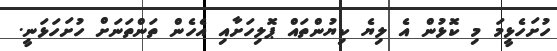
ހުށަހެޅީމަ މި ކޮޅުން އެ ލިޔެ ކިޔުންތައް ޕޮލިހަށާއި އެހެން ތަންތަނަށް ހުށަހަޅަނީ.